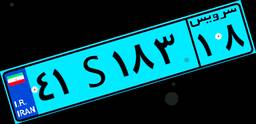
۴۱S۱۸۳۱۸